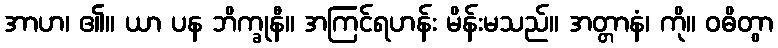
အာဟ၊ ၏။ ယာ ပန ဘိက္ခုနီ။ အကြင်ရဟန်း မိန်းမသည်။ အတ္တာနံ၊ ကို။ ဝဓိတွာ